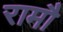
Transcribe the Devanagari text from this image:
रामौ